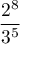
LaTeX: \frac { 2 ^ { 8 } } { 3 ^ { 5 } }